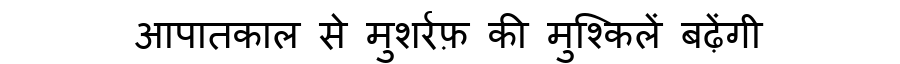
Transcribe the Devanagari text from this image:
आपातकाल से मुशर्रफ़ की मुश्किलें बढ़ेंगी